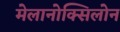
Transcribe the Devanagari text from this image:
मेलानोक्सिलोन